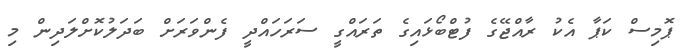
ޕޮމިސް ކަޕާ އެކު ރާއްޖޭގެ ފުޓްބޯޅައިގެ ތަރައްގީ ސަރަހައްދީ ފެންވަރަށް ބަދަލުކޮށްލަދިން މި